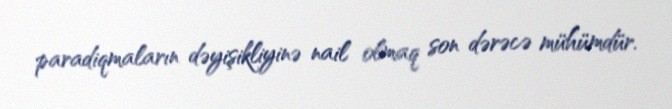
paradiqmaların dəyişikliyinə nail olmaq son dərəcə mühümdür.